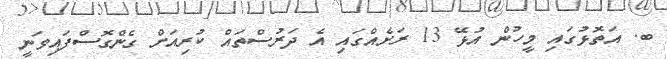
ބ. އަތޮޅުގައި މީހުން އުޅޭ 13 ރަށެއްގައި އެ ދަރުސްތައް ކުރިއަށް ގެންގޮސްފައިވަނީ